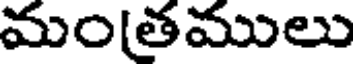
మంతములు